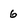
Character: 6